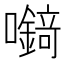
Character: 𡄘